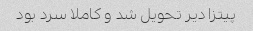
پیتزا دیر تحویل شد و کاملا سرد بود